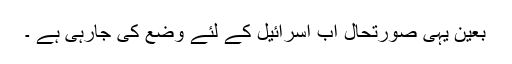
بعین یہی صورتحال اب اسرائیل کے لئے وضع کی جارہی ہے ۔